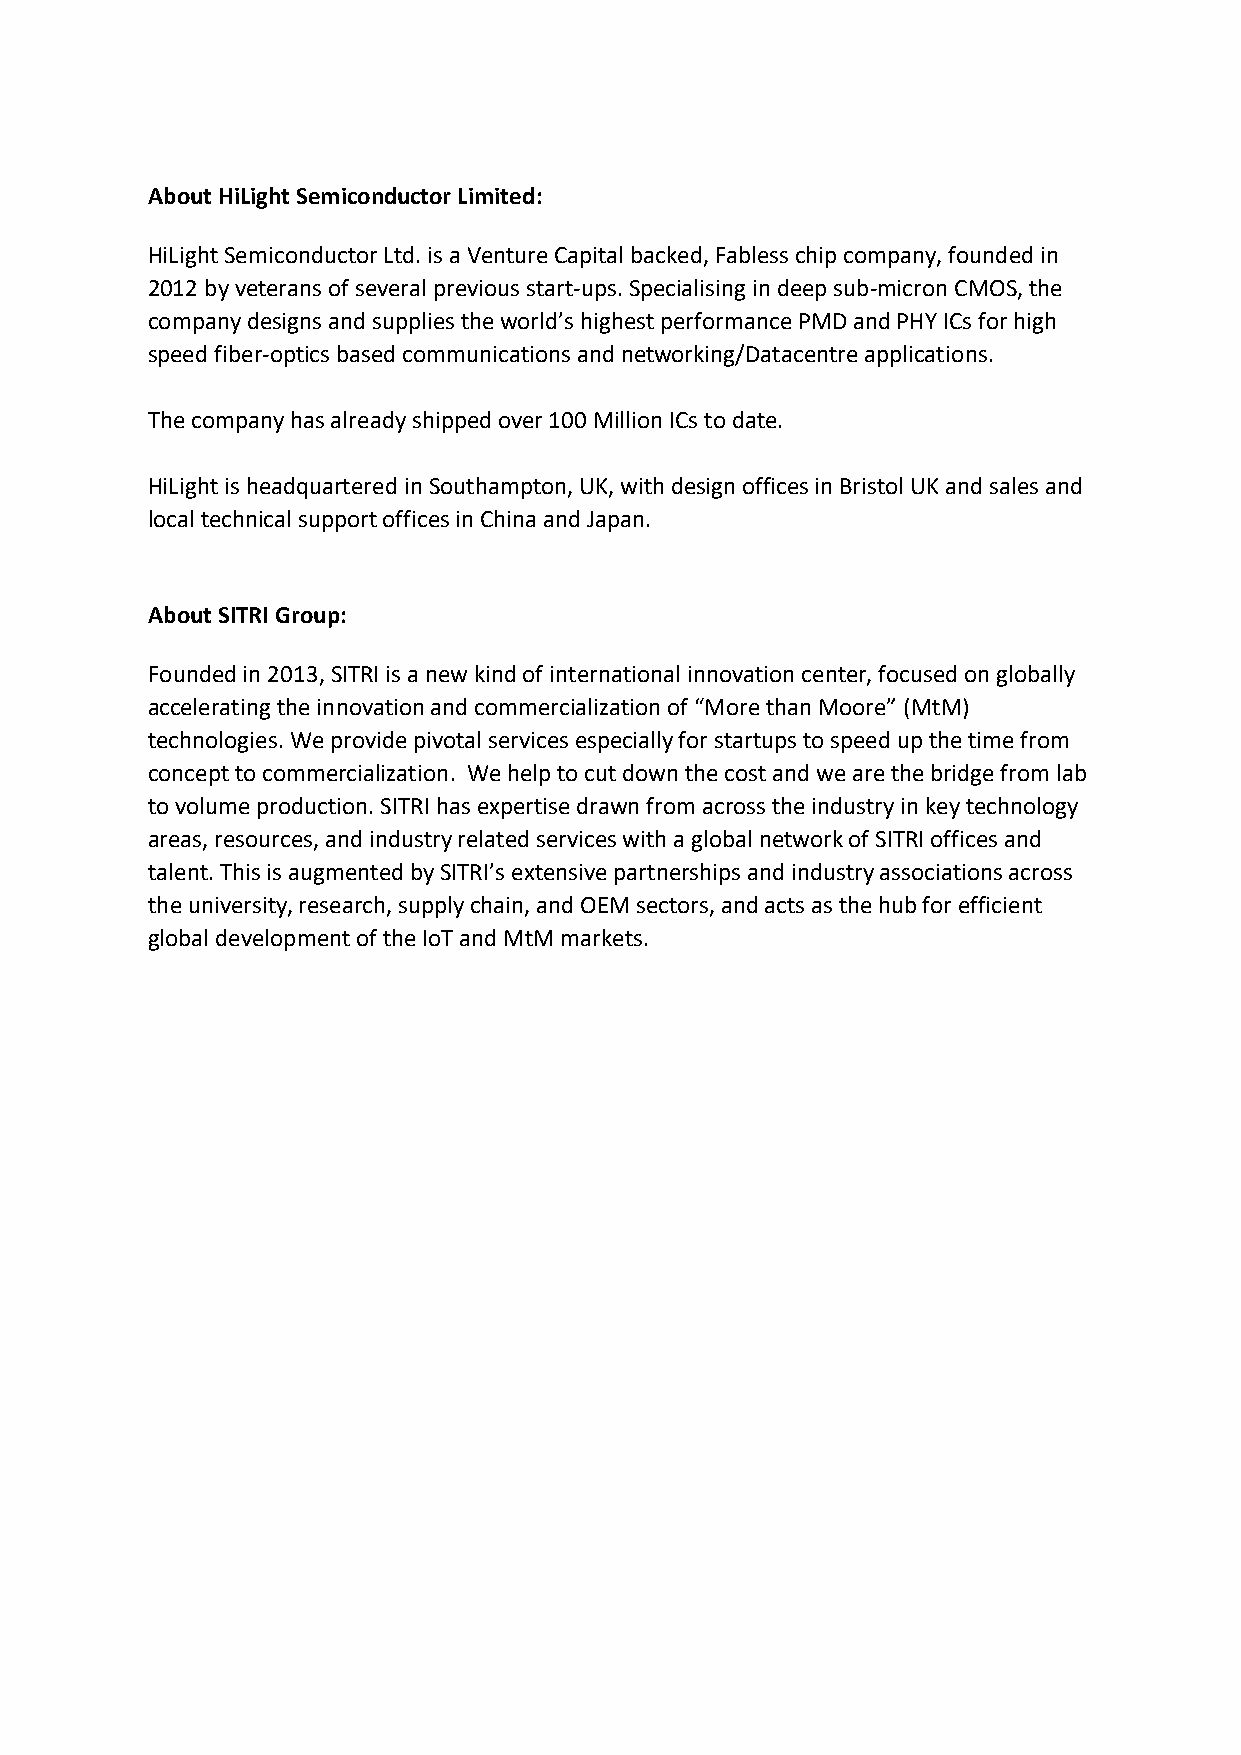
About HiLight Semiconductor Limited:
 HiLight Semiconductor Ltd. is a Venture Capital backed, Fabless chip company, founded in
 2012 by veterans of several previous start-ups. Specialising in deep sub-micron CMOS, the
 company designs and supplies the world’s highest performance PMD and PHY ICs for high
 speed fiber-optics based communications and networking/Datacentre applications.
 The company has already shipped over 100 Million ICs to date.
 HiLight is headquartered in Southampton, UK, with design offices in Bristol UK and sales and
 local technical support offices in China and Japan.
 About SITRI Group:
 Founded in 2013, SITRI is a new kind of international innovation center, focused on globally
 accelerating the innovation and commercialization of “More than Moore” (MtM)
 technologies. We provide pivotal services especially for startups to speed up the time from
 concept to commercialization. We help to cut down the cost and we are the bridge from lab
 to volume production. SITRI has expertise drawn from across the industry in key technology
 areas, resources, and industry related services with a global network of SITRI offices and
 talent. This is augmented by SITRI’s extensive partnerships and industry associations across
 the university, research, supply chain, and OEM sectors, and acts as the hub for efficient
 global development of the IoT and MtM markets.